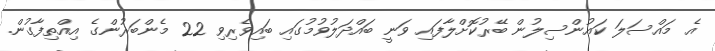
އެ މައްސަލަ ކައުންސިލުން ބޭރުކޮށްލާފައި ވަނީ ބައްދަލުވުމުގައި ބައިވެރިވި 22 މެންބަރުންގެ އިއްތިފާގުން.